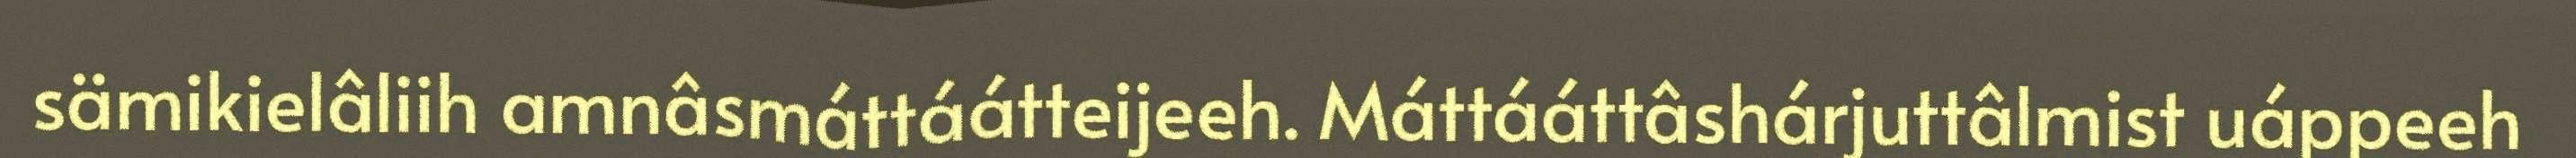
sämikielâliih amnâsmáttáátteijeeh. Máttááttâshárjuttâlmist uáppeeh